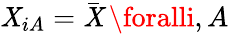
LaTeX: \mathit{X}_{iA}=\bar{{\mathit{X}}}\, \foralli,A